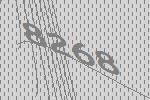
8268